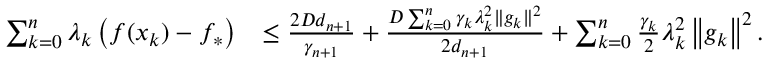
\begin{array} { r l } { \sum _ { k = 0 } ^ { n } \lambda _ { k } \left( f ( x _ { k } ) - f _ { * } \right) } & { \leq \frac { 2 D d _ { n + 1 } } { \gamma _ { n + 1 } } + \frac { D \sum _ { k = 0 } ^ { n } \gamma _ { k } \lambda _ { k } ^ { 2 } \| g _ { k } \| ^ { 2 } } { 2 d _ { n + 1 } } + \sum _ { k = 0 } ^ { n } \frac { \gamma _ { k } } { 2 } \lambda _ { k } ^ { 2 } \left\Vert g _ { k } \right\Vert ^ { 2 } . } \end{array}